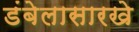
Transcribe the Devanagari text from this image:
डंबेलासारखे